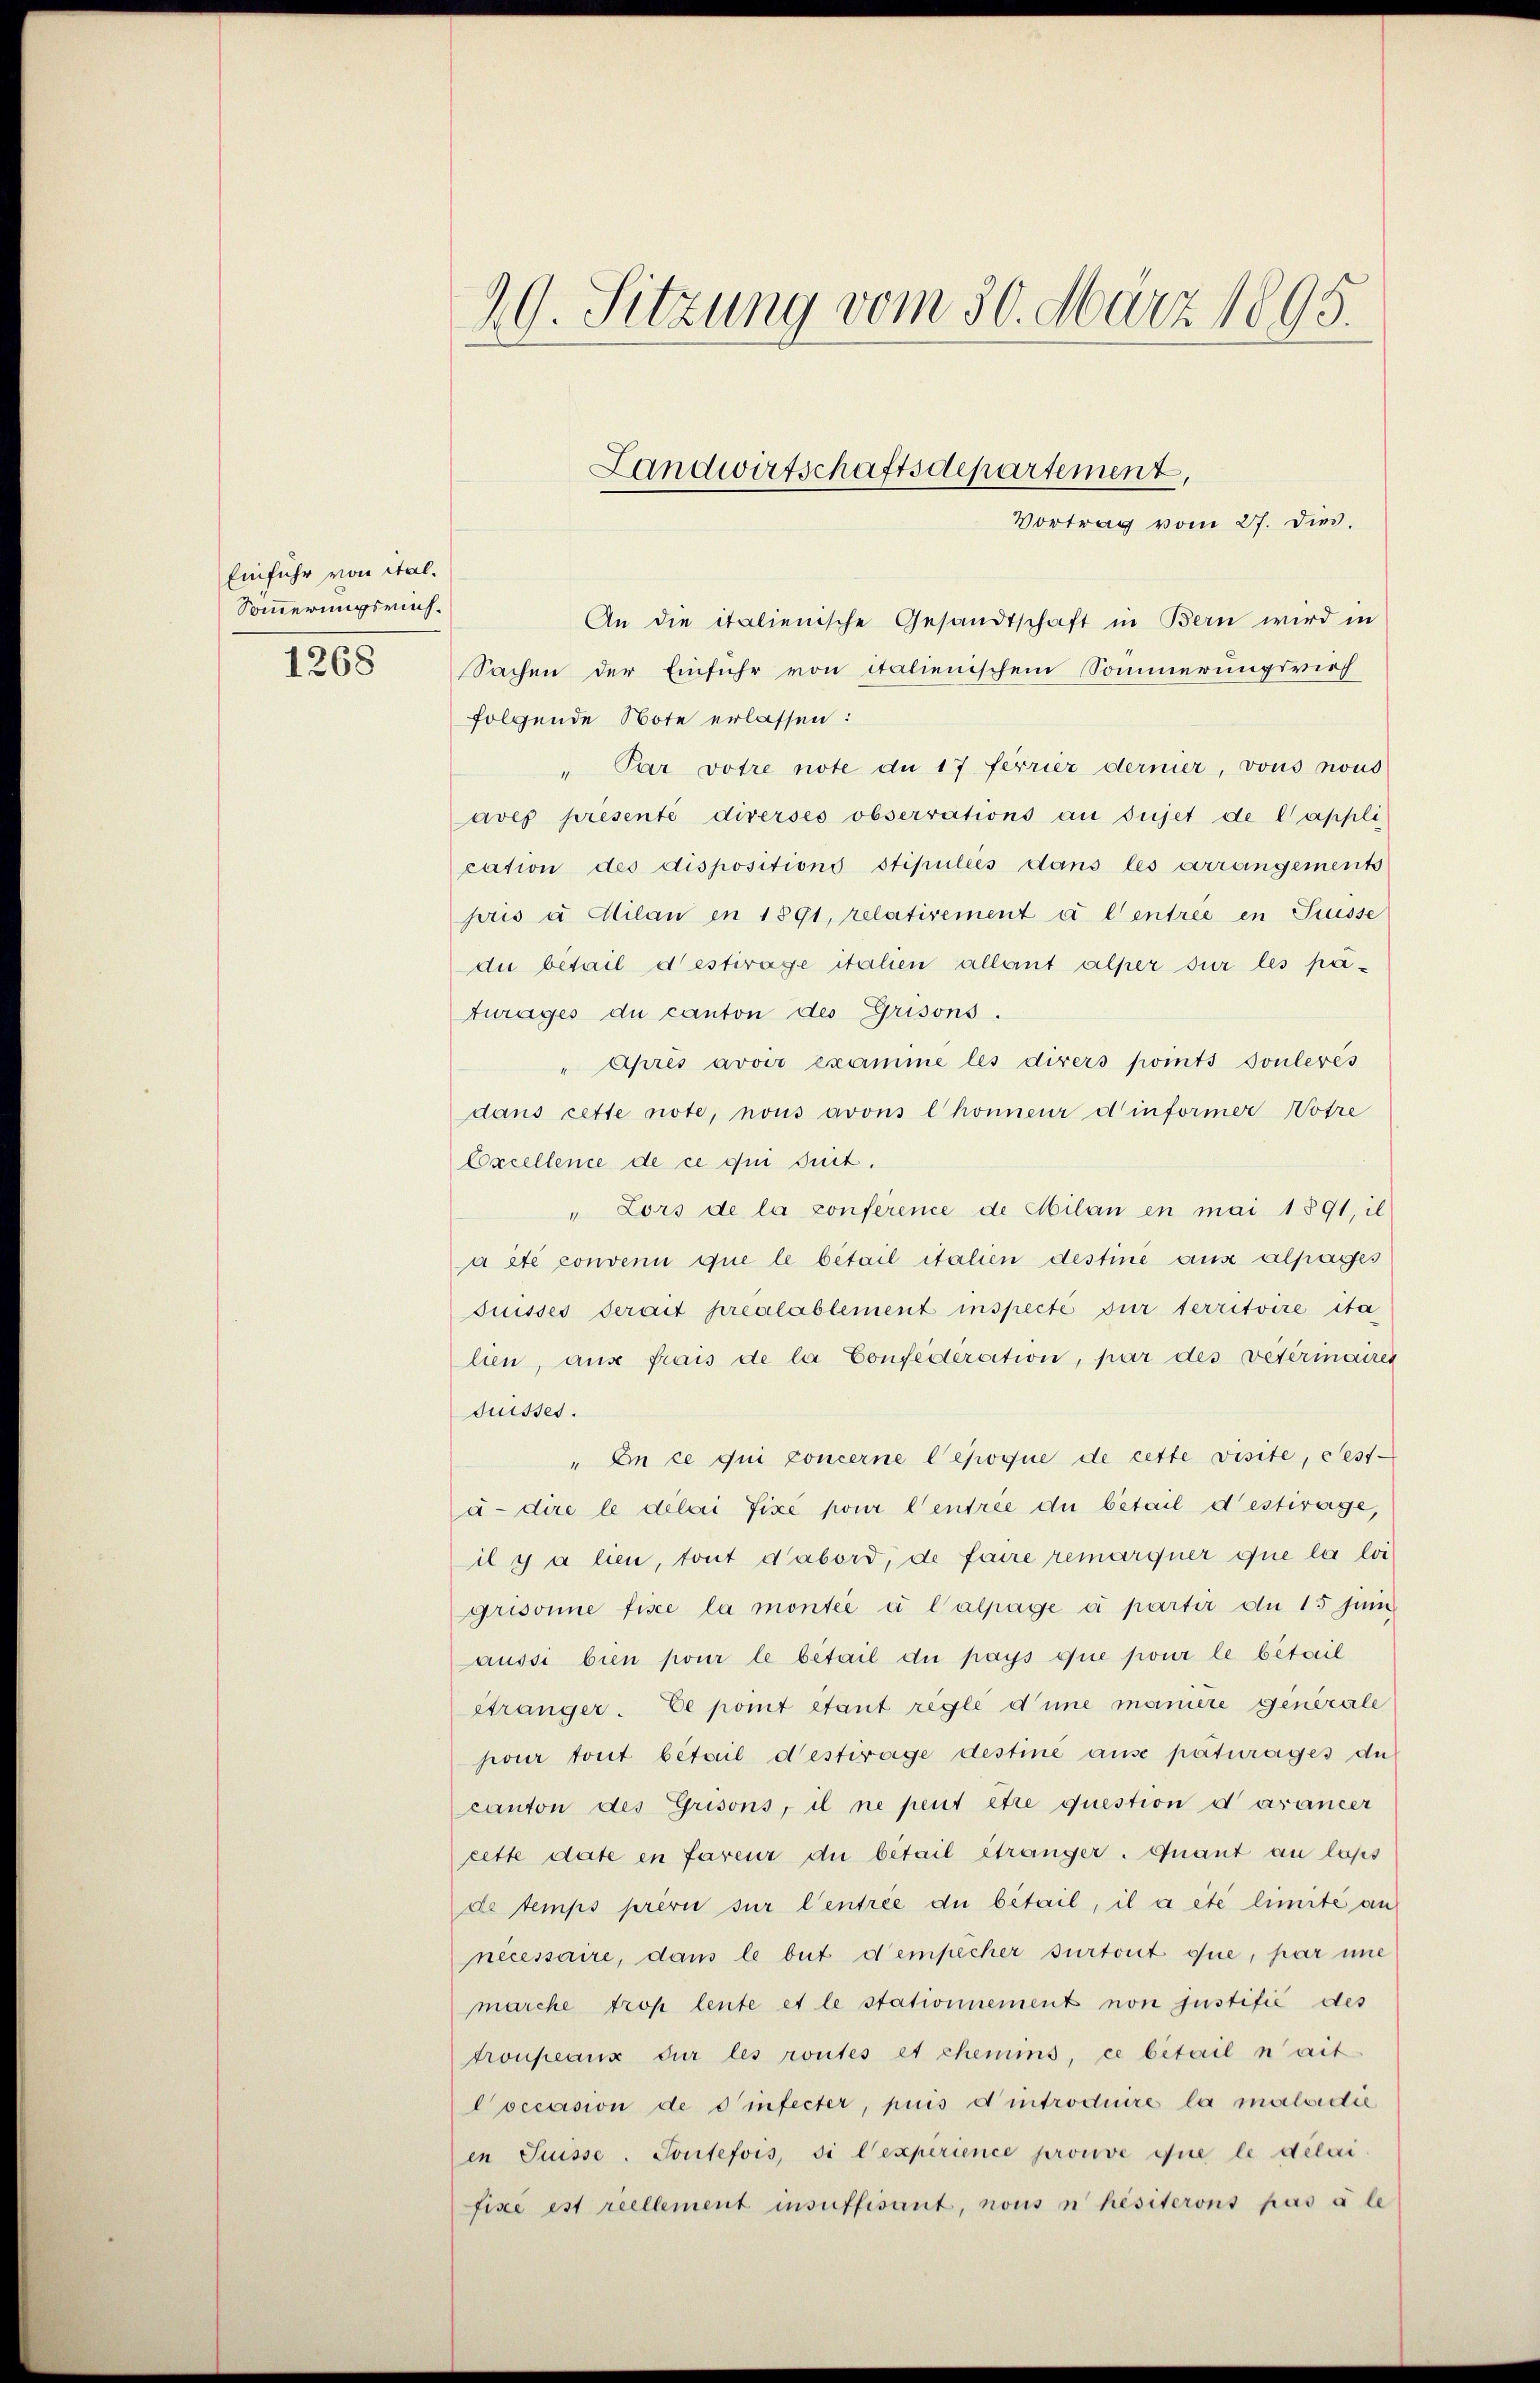
Einfuhr von ital.
Sommerungsrich.
1268

29. Sitzung vom 30. März 1895.

An die italienische Gesandtschaft in Bern wird in
Sachen der Einfuhr von italienischem Sommerungsrief
folgende Note erlassen:
" Par votre note du 17 ferrier dermer, vons nous
aves presenté diverses observations au sujet de l’appli
cation des dispositions stipuliés dans les arrangements
sris u. Milan in 1891, relativement à l’entree en Suisse
die betail destrage italien allant alper sur les pafurages du canton des Grisons.
" Après avoir examme les divers points soulevés
dans cette note, nous avous l honneur dinformer Wotre
Excellence de ce qui suit.
" Lors de la conférence de Milan en mai 1891, il
à été convenu que le bétail italien destiné aus alpages
suisses serait préalablement inspecté für territoire ita
lien, aus frais de la Confederation, par des Vetermaires
Suisses.
" En ce qui concerne lepoque de cette visite, cest-
à dire le délai fixe pour l’entree du bétail destirage,
il y a len, tout d’abord, de faire remarquer que la loi
grisonne fisce la montee et l’alpage à partir du 15 juni
aussi bien pour le bétail du pays que pour le beteil
etränger. Ce pont étant regle d’une maniere generale
pour tout bétail destirage destiné ause paturages du
canton des Grisons, il ne peut être question darancer
eitte date en faveur du bétail étranger. Quant an lass
de temps previ sur l’entree du bétail, il a été limite an
necessaire, dans le but d’empecher surtout que, par une
marche trop leute et le stationnement von justifié des
trouveaux sur les routes et chemins, ce betail n’ait
Coccasion de d infecter, pris d introduire la malvidie
in Suisse. Toutefois, si l’experience prouve que le delaifixe est reellement insuffisant, nous nhesiterons pas à le

Landwirtschaftsdepartement

Vortrag vom 27. dies.